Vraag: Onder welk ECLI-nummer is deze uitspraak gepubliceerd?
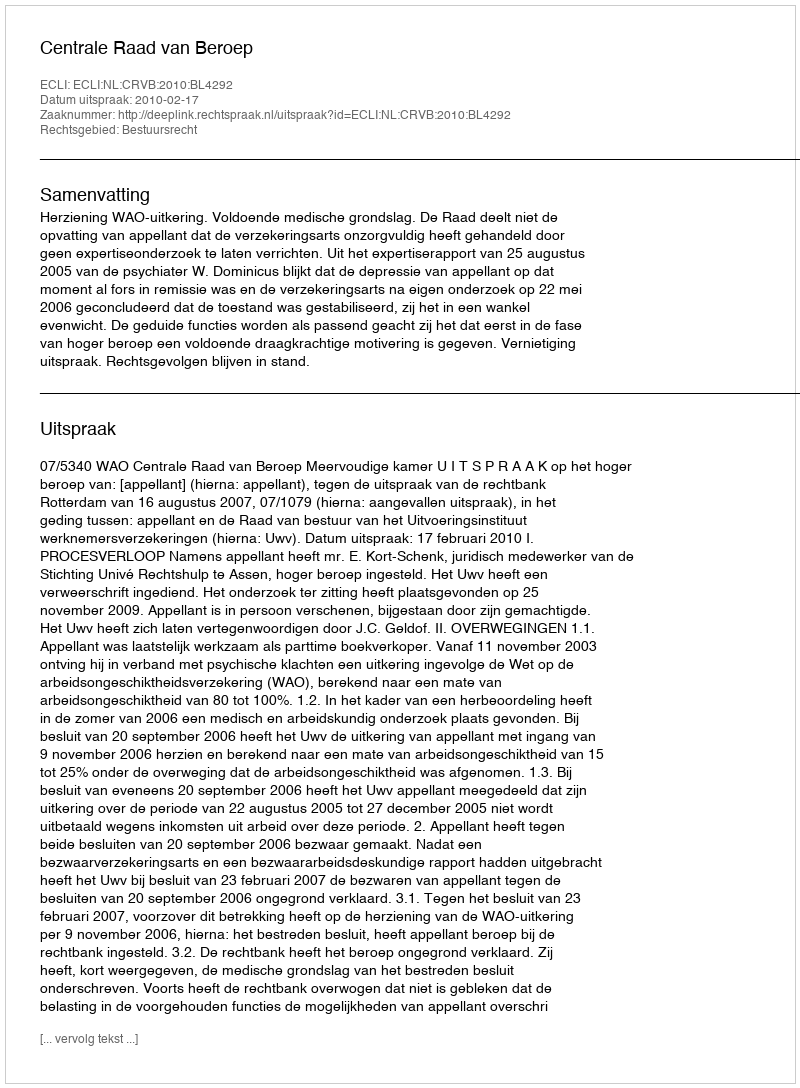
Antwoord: ECLI:NL:CRVB:2010:BL4292